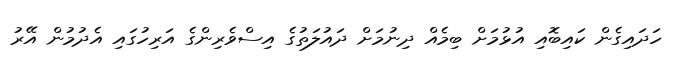
ހަދައިގެން ކައިބޮއި އުޅުމަށް ބިމެއް ދިނުމަށް ދައުލަތުގެ އިސްވެރިންގެ އަރިހުގައި އެދުމުން އޭރު